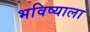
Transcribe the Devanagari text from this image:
भविष्याला